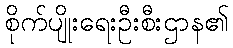
စိုက်ပျိုးရေးဦးစီးဌာန၏